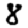
Digit: 8